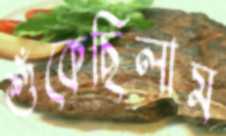
শুঁকেছিলাম